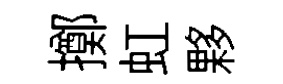
擲虹夥